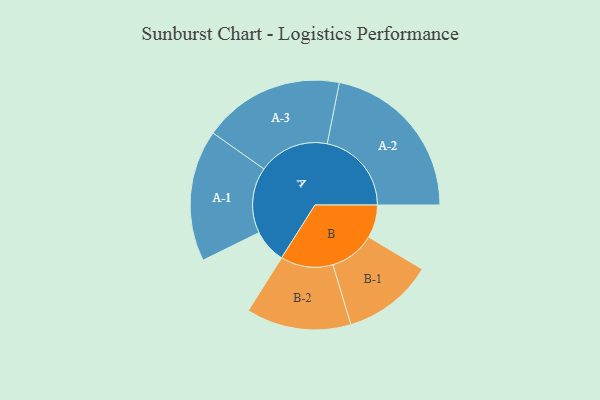
{"axis": {"x": "Segment", "y": "Value"}, "legend": ["", "A", "B"], "data": [{"x": "A", "y": 109, "type": ""}, {"x": "B", "y": 107, "type": ""}, {"x": "A-1", "y": 213, "type": "A"}, {"x": "A-2", "y": 273, "type": "A"}, {"x": "A-3", "y": 229, "type": "A"}, {"x": "B-1", "y": 147, "type": "B"}, {"x": "B-2", "y": 170, "type": "B"}]}